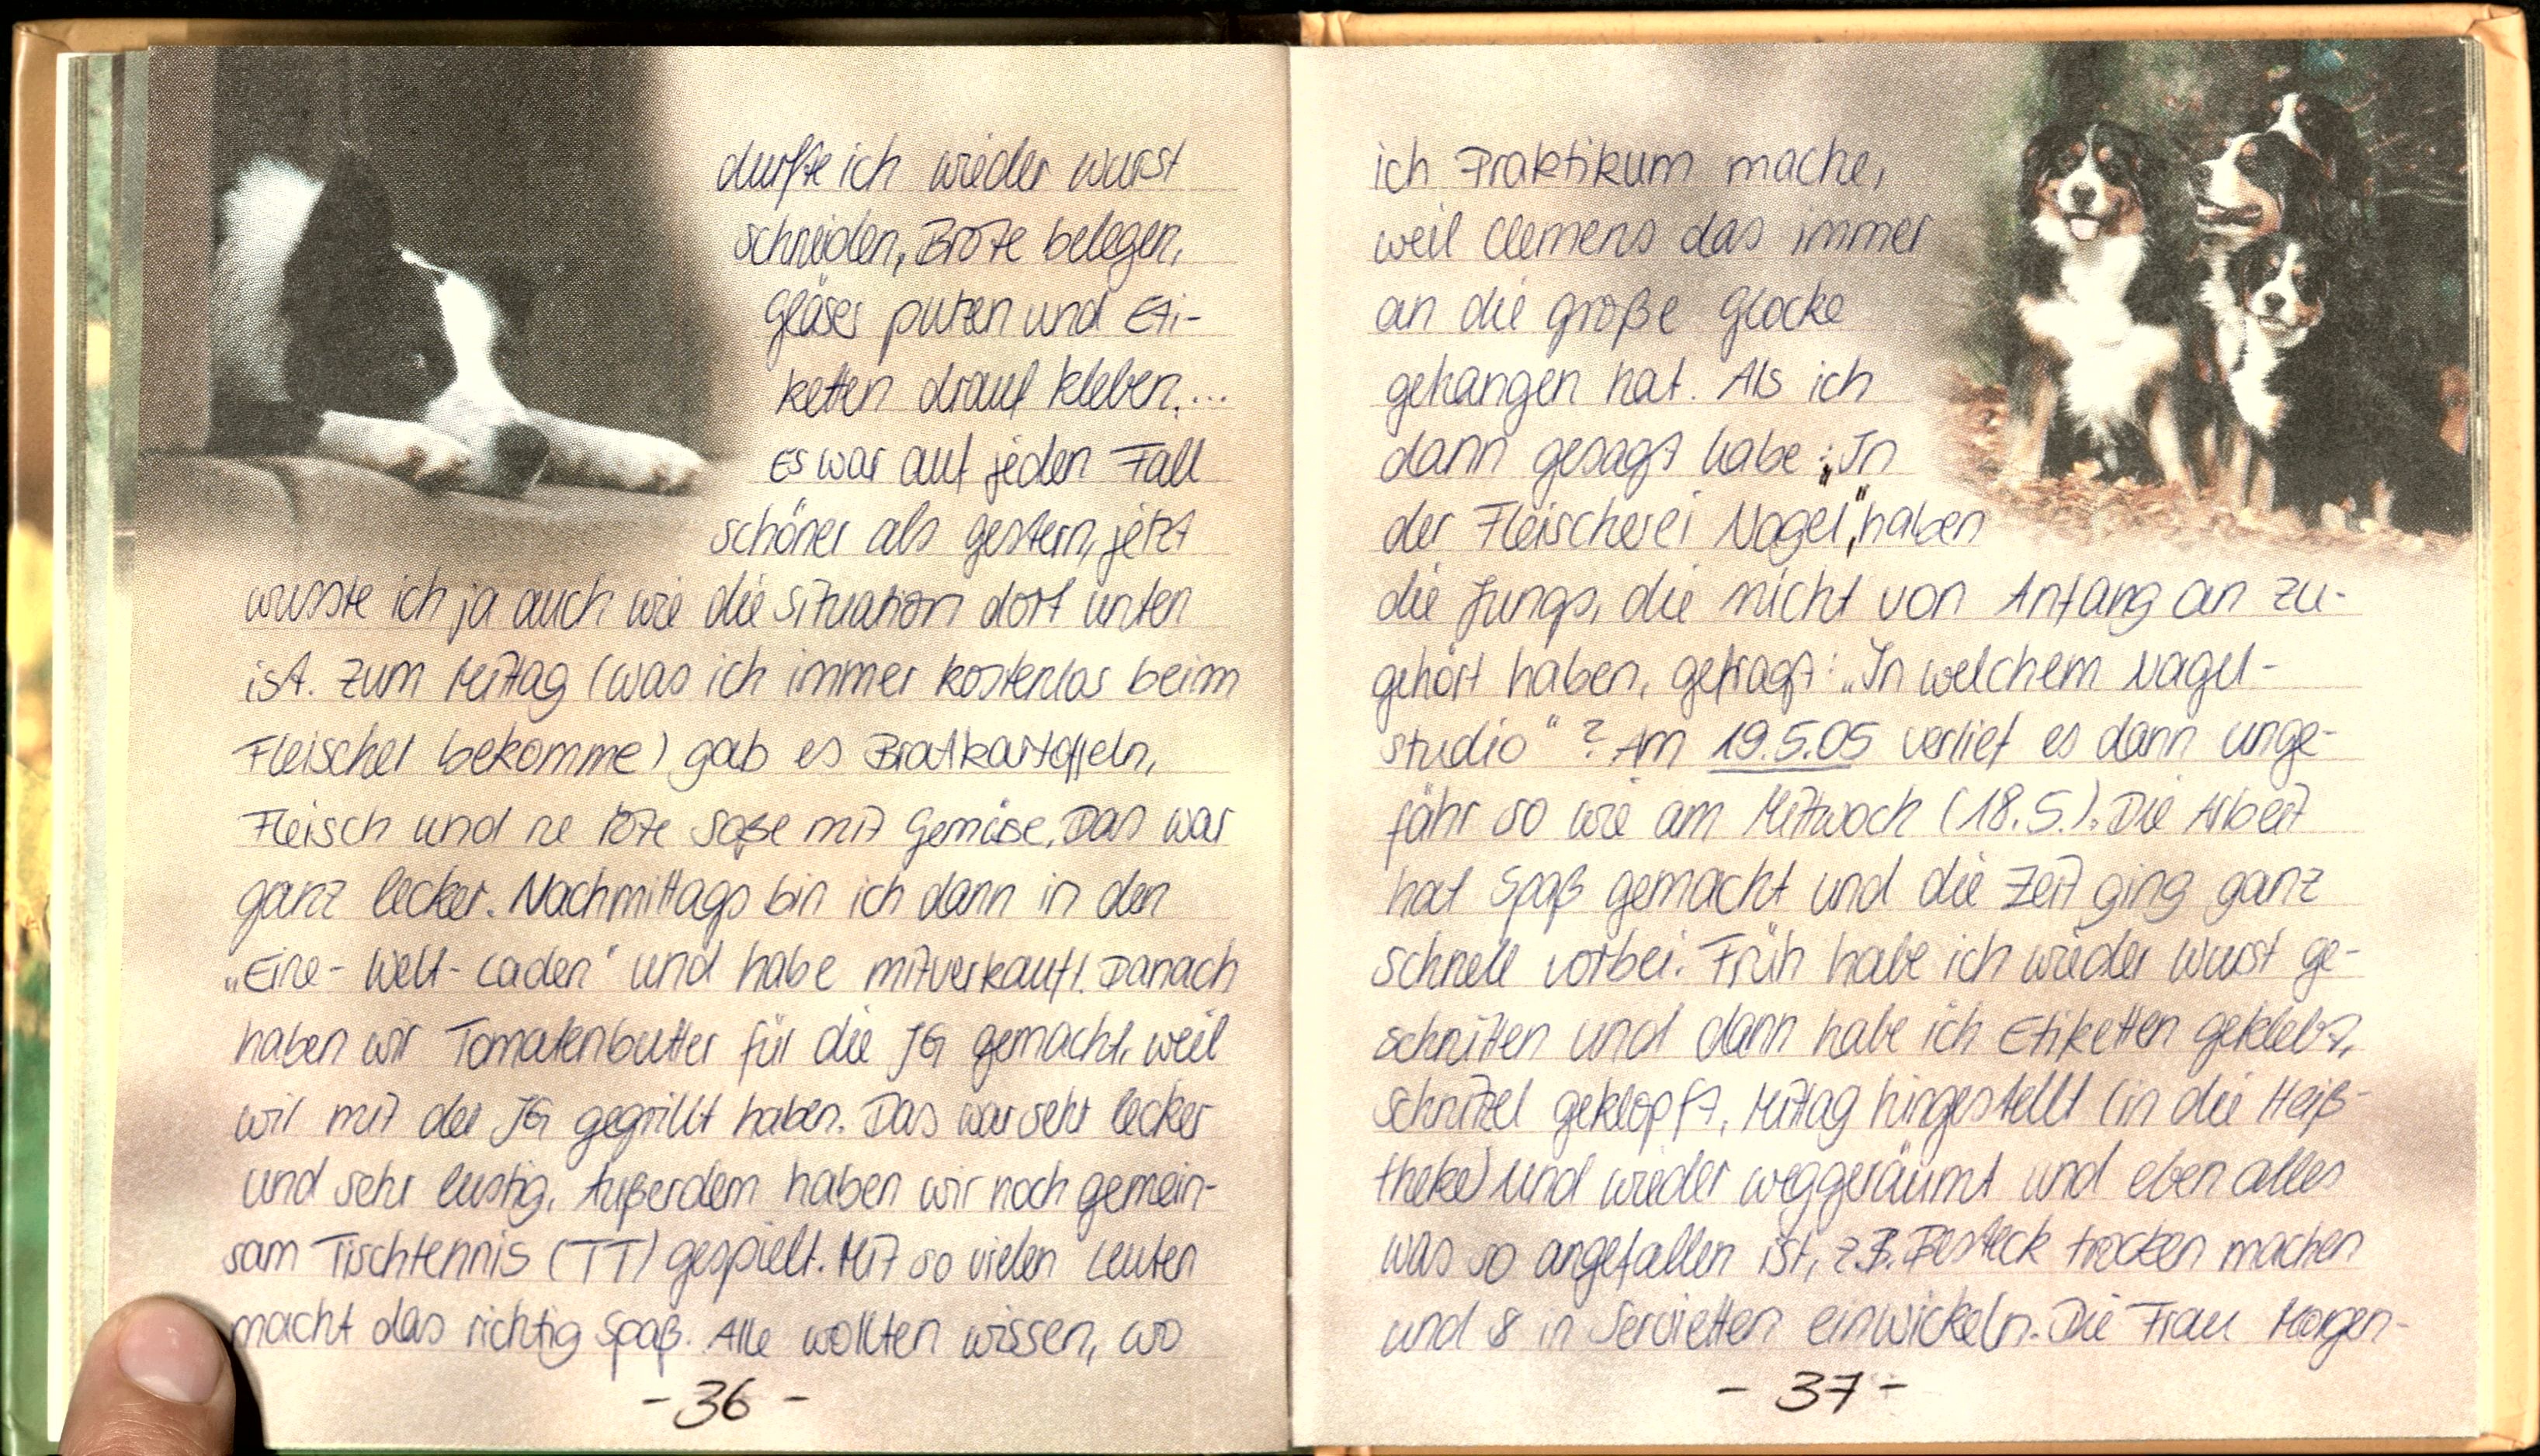
durfte ich wieder Wurst
schneiden, Brote belegen,
Gläser putzen und Eti-
ketten drauf kleben,...
Es war auf jeden Fall
schöner als gestern, jetzt
wusste ich ja auch wie die Situation dort unten
ist. Zum Mittag (was ich immer kostenlos beim
Fleischer bekomme) gab es Bratkartoffeln,
Fleisch und ne rote Soße mit Gemüse. Das war
ganz lecker. Nachmittags bin ich dann in den
„Eine-Welt-Laden" und habe mitverkauft. Danach
haben wir Tomatenbutter für die JG gemacht, weil
wir mit der JG gegrillt haben. Das war sehr lecker
und sehr lustig. Außerdem haben wir noch gemein-
sam Tischtennis (TT) gespielt. Mit so vielen Leuten
macht das richtig Spaß. Alle wollten wissen, wo

ich Praktikum mache,
weil Clemens das immer
an die große Glocke
gehangen hat. Als ich
dann gesagt habe: „In
der Fleischerei Nagel, haben
die Jungs, die nicht von Anfang an zu-
gehört haben, gefragt: „In welchem Nagel-
studio"? Am 19.5.05 verlief es dann unge-
fähr so wie am Mittwoch (18.5.). Die Arbeit
hat Spaß gemacht und die Zeit ging ganz
schnell vorbei. Früh habe ich wieder Wurst ge-
schnitten und dann habe ich Etiketten geklebt,
schnitzel geklopft, Mittag hingestellt (in die Heiß-
theke) und wieder weggeräumt und eben alles
was so angefallen ist, z.B. Besteck trocken machen
und in Servietten einwickeln. Die Frau Morgen-